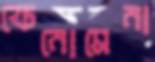
ফেনোমেনা